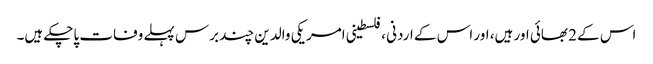
اس کے 2 بھائی اور ہیں، اور اس کے اردنی ،فلسطینی امریکی والدین چند برس پہلے وفات پاچکے ہیں۔